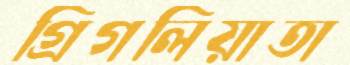
গ্রিগলিয়াতা